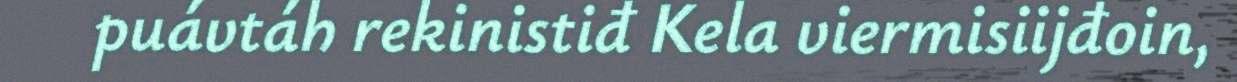
puávtáh rekinistiđ Kela viermisiijđoin,